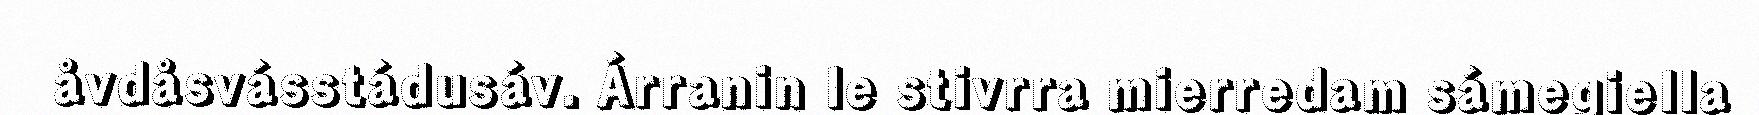
åvdåsvásstádusáv. Árranin le stivrra mierredam sámegiella